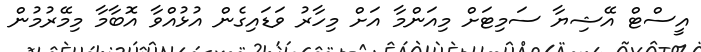
އީސްޓް އޭޝިޔާ ސަމިޓަށް މިއަންމާ އަށް މިހާރު ވަޑައިގެން އުޅުއްވާ އޮބާމާ މިމޭރުމުން